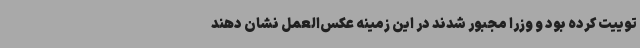
توییت کرده بود و وزرا مجبور شدند در این زمینه عکس‌العمل نشان دهند